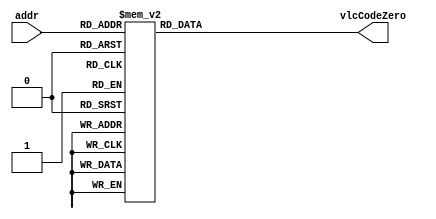
`timescale 1ns / 1ps
//////////////////////////////////////////////////////////////////////////////////
// Company: 
// Engineer: 
// 
// Design Name: 
// Module Name: coeffTokenNumVlcZero
// Project Name: 
// Target Devices: 
// Tool Versions: 
// Description: 
// 
// Dependencies: 
// 
// Revision:
// Revision 0.01 - File Created
// Additional Comments:
// 
//////////////////////////////////////////////////////////////////////////////////


module Coeff_Token_Num_Vlc_Zero #(parameter aWIDTH= 7 , vcWIDTH= 8)(
input       [aWIDTH-1  :0] addr,
output  reg [vcWIDTH -1:0] vlcCodeZero
    );
    
    
    always @(*)begin
      case(addr)
                                             // The length is reduced by one from the original size to save the resources 
                                             // if the length is zero and the value is zero this means that no output in the vlc or it's not a cas 
             // T1s =0   NZQs                length-1   value                    
               {2'h0  ,  5'd0}   : vlcCodeZero = {4'd0  ,  4'b0001} ;           // str= 1 
               {2'h0  ,  5'd1 }  : vlcCodeZero = {4'd5  ,  4'b0101} ;           // str= 000101             
               {2'h0  ,  5'd2 }  : vlcCodeZero = {4'd7  ,  4'b0111} ;           // str= 00000111           
               {2'h0  ,  5'd3 }  : vlcCodeZero = {4'd8  ,  4'b0111} ;           // str= 000000111          
               {2'h0  ,  5'd4 }  : vlcCodeZero = {4'd9  ,  4'b0111} ;           // str= 0000000111         
               {2'h0  ,  5'd5 }  : vlcCodeZero = {4'd10 ,  4'b0111} ;           // str= 00000000111        
               {2'h0  ,  5'd6 }  : vlcCodeZero = {4'd12 ,  4'b1111} ;           // str= 0000000001111      
               {2'h0  ,  5'd7 }  : vlcCodeZero = {4'd12 ,  4'b1011} ;           // str= 0000000001011      
               {2'h0  ,  5'd8 }  : vlcCodeZero = {4'd12 ,  4'b1000} ;           // str= 0000000001000      
               {2'h0  ,  5'd9 }  : vlcCodeZero = {4'd13 ,  4'b1111} ;           // str= 00000000001111     
               {2'h0  ,  5'd10}  : vlcCodeZero = {4'd13 ,  4'b1011} ;           // str= 00000000001011     
               {2'h0  ,  5'd11}  : vlcCodeZero = {4'd14 ,  4'b1111} ;           // str= 000000000001111    
               {2'h0  ,  5'd12}  : vlcCodeZero = {4'd14 ,  4'b1011} ;           // str= 000000000001011    
               {2'h0  ,  5'd13}  : vlcCodeZero = {4'd15 ,  4'b1111} ;           // str= 0000000000001111   
               {2'h0  ,  5'd14}  : vlcCodeZero = {4'd15 ,  4'b1011} ;           // str= 0000000000001011   
               {2'h0  ,  5'd15}  : vlcCodeZero = {4'd15 ,  4'b0111} ;           // str= 0000000000000111                  
               {2'h0  ,  5'd16}  : vlcCodeZero = {4'd15 ,  4'b0100} ;           // str= 0000000000000100 
                                                       
                                                 
             // T1s =1   NZQs                length-1   value                    
               {2'h1  ,  5'd0}   : vlcCodeZero = {4'd0 ,  4'b0000} ;           // str= ""  No thing          
               {2'h1  ,  5'd1 }  : vlcCodeZero = {4'd1 ,  4'b0001} ;           // str= "01"               
               {2'h1  ,  5'd2 }  : vlcCodeZero = {4'd5 ,  4'b0100} ;           // str= "000100"           
               {2'h1  ,  5'd3 }  : vlcCodeZero = {4'd7 ,  4'b0110} ;           // str= "00000110"         
               {2'h1  ,  5'd4 }  : vlcCodeZero = {4'd8 ,  4'b0110} ;           // str= "000000110"        
               {2'h1  ,  5'd5 }  : vlcCodeZero = {4'd9 ,  4'b0110} ;           // str= "0000000110"       
               {2'h1  ,  5'd6 }  : vlcCodeZero = {4'd10 ,  4'b0110} ;           // str= "00000000110"       
               {2'h1  ,  5'd7 }  : vlcCodeZero = {4'd12 ,  4'b1110} ;           // str= "0000000001110"     
               {2'h1  ,  5'd8 }  : vlcCodeZero = {4'd12 ,  4'b1010} ;           // str= "0000000001010"     
               {2'h1  ,  5'd9 }  : vlcCodeZero = {4'd13 ,  4'b1110} ;           // str= "00000000001110"    
               {2'h1  ,  5'd10}  : vlcCodeZero = {4'd13 ,  4'b1010} ;           // str= "00000000001010"    
               {2'h1  ,  5'd11}  : vlcCodeZero = {4'd14 ,  4'b1110} ;           // str= "000000000001110"   
               {2'h1  ,  5'd12}  : vlcCodeZero = {4'd14 ,  4'b1010} ;           // str= "000000000001010"   
               {2'h1  ,  5'd13}  : vlcCodeZero = {4'd14 ,  4'b0001} ;           // str= "000000000000001"   
               {2'h1  ,  5'd14}  : vlcCodeZero = {4'd15 ,  4'b1110} ;           // str= "0000000000001110"   
               {2'h1  ,  5'd15}  : vlcCodeZero = {4'd15 ,  4'b1010} ;           // str= "0000000000001010"                  
               {2'h1  ,  5'd16}  : vlcCodeZero = {4'd15 ,  4'b0110} ;           // str= "0000000000000110" 
                    
             // T1s =2   NZQs                length-1   value                    
               {2'h2  ,  5'd0}   : vlcCodeZero = {4'd0  ,  4'b0000} ;           // str= ""     No thing         
               {2'h2  ,  5'd1 }  : vlcCodeZero = {4'd0  ,  4'b0000} ;           // str= ""     No thing            
               {2'h2  ,  5'd2 }  : vlcCodeZero = {4'd2  ,  4'b0001} ;           // str= "001"            
               {2'h2  ,  5'd3 }  : vlcCodeZero = {4'd6  ,  4'b0101} ;           // str= "0000101"        
               {2'h2  ,  5'd4 }  : vlcCodeZero = {4'd7  ,  4'b0101} ;           // str= "00000101"       
               {2'h2  ,  5'd5 }  : vlcCodeZero = {4'd8  ,  4'b0101} ;           // str= "000000101"      
               {2'h2  ,  5'd6 }  : vlcCodeZero = {4'd9  ,  4'b0101} ;           // str= "0000000101"        
               {2'h2  ,  5'd7 }  : vlcCodeZero = {4'd10 ,  4'b0101} ;           // str= "00000000101"       
               {2'h2  ,  5'd8 }  : vlcCodeZero = {4'd12 ,  4'b1101} ;           // str= "0000000001101"     
               {2'h2  ,  5'd9 }  : vlcCodeZero = {4'd12 ,  4'b1001} ;           // str= "0000000001001"     
               {2'h2  ,  5'd10}  : vlcCodeZero = {4'd13 ,  4'b1101} ;           // str= "00000000001101"    
               {2'h2  ,  5'd11}  : vlcCodeZero = {4'd13 ,  4'b1001} ;           // str= "00000000001001"    
               {2'h2  ,  5'd12}  : vlcCodeZero = {4'd14 ,  4'b1101} ;           // str= "000000000001101"   
               {2'h2  ,  5'd13}  : vlcCodeZero = {4'd14 ,  4'b1001} ;           // str= "000000000001001"   
               {2'h2  ,  5'd14}  : vlcCodeZero = {4'd15 ,  4'b1101} ;           // str= "0000000000001101"   
               {2'h2  ,  5'd15}  : vlcCodeZero = {4'd15 ,  4'b1001} ;           // str= "0000000000001001"                  
               {2'h2  ,  5'd16}  : vlcCodeZero = {4'd15 ,  4'b0101} ;           // str= "0000000000000101" 
                  
             // T1s =3   NZQs                length-1   value                    
               {2'h3  ,  5'd0}   : vlcCodeZero = {4'd0 ,  4'b0000} ;           // str= ""        No thing         
               {2'h3  ,  5'd1 }  : vlcCodeZero = {4'd0 ,  4'b0000} ;           // str= ""        No thing           
               {2'h3  ,  5'd2 }  : vlcCodeZero = {4'd0 ,  4'b0000} ;           // str= ""        No thing  
               {2'h3  ,  5'd3 }  : vlcCodeZero = {4'd4 ,  4'b0011} ;           // str= "00011"     
               {2'h3  ,  5'd4 }  : vlcCodeZero = {4'd5 ,  4'b0011} ;           // str= "000011"    
               {2'h3  ,  5'd5 }  : vlcCodeZero = {4'd6 ,  4'b0100} ;           // str= "0000100"   
               {2'h3  ,  5'd6 }  : vlcCodeZero = {4'd7 ,  4'b0100} ;           // str= "00000100"   
               {2'h3  ,  5'd7 }  : vlcCodeZero = {4'd8 ,  4'b0100} ;           // str= "000000100"  
               {2'h3  ,  5'd8 }  : vlcCodeZero = {4'd9 ,  4'b0100} ;           // str= "0000000100" 
               {2'h3  ,  5'd9 }  : vlcCodeZero = {4'd10 ,  4'b0100} ;           // str= "00000000100"  
               {2'h3  ,  5'd10}  : vlcCodeZero = {4'd12 ,  4'b1100} ;           // str= "0000000001100"  
               {2'h3  ,  5'd11}  : vlcCodeZero = {4'd13 ,  4'b1100} ;           // str= "00000000001100"  
               {2'h3  ,  5'd12}  : vlcCodeZero = {4'd13 ,  4'b1000} ;           // str= "00000000001000"  
               {2'h3  ,  5'd13}  : vlcCodeZero = {4'd14 ,  4'b1100} ;           // str= "000000000001100"  
               {2'h3  ,  5'd14}  : vlcCodeZero = {4'd14 ,  4'b1000} ;           // str= "000000000001000"   
               {2'h3  ,  5'd15}  : vlcCodeZero = {4'd15 ,  4'b1100} ;           // str= "0000000000001100"                  
               {2'h3  ,  5'd16}  : vlcCodeZero = {4'd15 ,  4'b1000} ;           // str= "0000000000001000" 
                                  
                default:vlcCodeZero = 8'h00;
            endcase    
    end   
endmodule